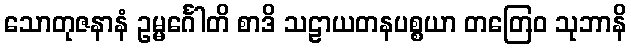
သောတုဇနာနံ ဥမ္မင်္ဂေါတိ စာဒိ သဠာယတနပစ္စယာ တတြေဝ သုဘာနိ